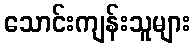
သောင်းကျန်းသူများ